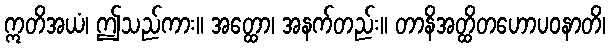
ဣတိအယံ၊ ဤသည်ကား။ အတ္ထော၊ အနက်တည်း။ တာနိအတ္ထိတဟောပဝနာတိ၊